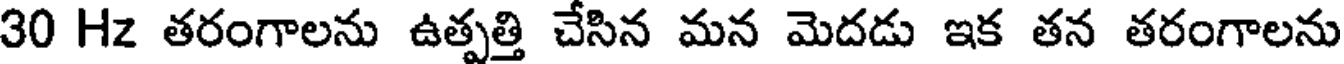
30 Hz తరంగాలను ఉత్పత్తి చేసిన మన మెదడు ఇక తన తరంగాలను